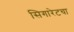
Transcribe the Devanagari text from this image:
सिगारेटचा